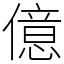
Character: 億